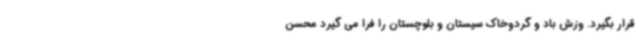
قرار بگیرد. وزش باد و گردوخاک سیستان و بلوچستان را فرا می گیرد محسن